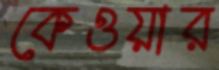
কেওয়ার